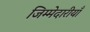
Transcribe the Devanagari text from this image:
जिम्मेदारीयाँ